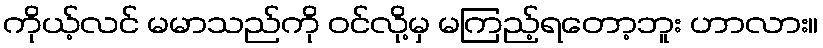
ကိုယ့်လင် မမာသည်ကို ဝင်လို့မှ မကြည့်ရတော့ဘူး ဟာလား။